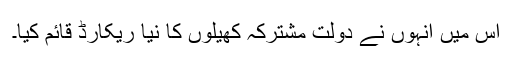
اس میں انہوں نے دولت مشترکہ کھیلوں کا نیا ریکارڈ قائم کیا۔